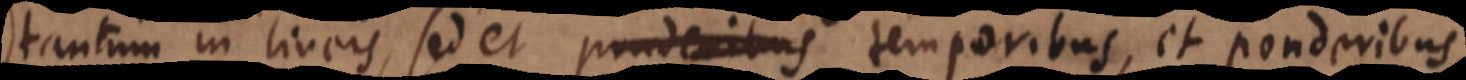
tantum in lineis, sed et ponderibus temporibus, et ponderibus,